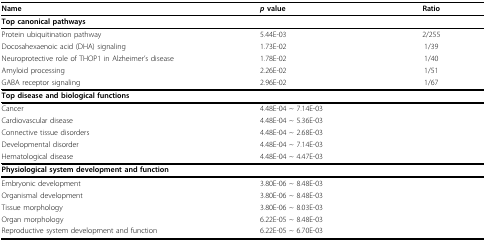
<table><thead><tr><td><b>Name</b></td><td><b><i>p </i>value</b></td><td><b>Ratio</b></td></tr></thead><tbody><tr><td colspan="3"><b>Top canonical pathways</b></td></tr><tr><td>Protein ubiquitination pathway</td><td>5.44E-03</td><td>2/255</td></tr><tr><td>Docosahexaenoic acid (DHA) signaling</td><td>1.73E-02</td><td>1/39</td></tr><tr><td>Neuroprotective role of THOP1 in Alzheimer&#x27;s disease</td><td>1.78E-02</td><td>1/40</td></tr><tr><td>Amyloid processing</td><td>2.26E-02</td><td>1/51</td></tr><tr><td>GABA receptor signaling</td><td>2.96E-02</td><td>1/67</td></tr><tr><td colspan="3"><b>Top disease and biological functions</b></td></tr><tr><td>Cancer</td><td colspan="2">4.48E-04 ~ 7.14E-03</td></tr><tr><td>Cardiovascular disease</td><td colspan="2">4.48E-04 ~ 5.36E-03</td></tr><tr><td>Connective tissue disorders</td><td colspan="2">4.48E-04 ~ 2.68E-03</td></tr><tr><td>Developmental disorder</td><td colspan="2">4.48E-04 ~ 7.14E-03</td></tr><tr><td>Hematological disease</td><td colspan="2">4.48E-04 ~ 4.47E-03</td></tr><tr><td colspan="3"><b>Physiological system development and function</b></td></tr><tr><td>Embryonic development</td><td colspan="2">3.80E-06 ~ 8.48E-03</td></tr><tr><td>Organismal development</td><td colspan="2">3.80E-06 ~ 8.48E-03</td></tr><tr><td>Tissue morphology</td><td colspan="2">3.80E-06 ~ 8.03E-03</td></tr><tr><td>Organ morphology</td><td colspan="2">6.22E-05 ~ 8.48E-03</td></tr><tr><td>Reproductive system development and function</td><td colspan="2">6.22E-05 ~ 6.70E-03</td></tr></tbody></table>